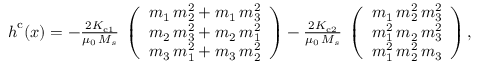
\begin{array} { r } { \boldsymbol { h } ^ { \mathrm { c } } ( \boldsymbol { x } ) = - \frac { 2 K _ { \mathrm { c 1 } } } { \mu _ { 0 } \, M _ { s } } \; \left( \begin{array} { l } { m _ { 1 } \, m _ { 2 } ^ { 2 } + m _ { 1 } \, m _ { 3 } ^ { 2 } } \\ { m _ { 2 } \, m _ { 3 } ^ { 2 } + m _ { 2 } \, m _ { 1 } ^ { 2 } } \\ { m _ { 3 } \, m _ { 1 } ^ { 2 } + m _ { 3 } \, m _ { 2 } ^ { 2 } } \end{array} \right) - \frac { 2 K _ { \mathrm { c 2 } } } { \mu _ { 0 } \, M _ { s } } \; \left( \begin{array} { l } { m _ { 1 } \, m _ { 2 } ^ { 2 } \, m _ { 3 } ^ { 2 } } \\ { m _ { 1 } ^ { 2 } \, m _ { 2 } \, m _ { 3 } ^ { 2 } } \\ { m _ { 1 } ^ { 2 } \, m _ { 2 } ^ { 2 } \, m _ { 3 } } \end{array} \right) , } \end{array}